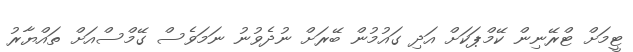
ޓީމަށް ޓްރޭނިން ކޭމްޕަކަށް އަދި ގައުމުން ބޭރަށް ނުދެވުނު ނަމަވެސް ގޭމްސްއަށް ތައްޔާރު